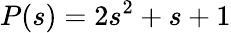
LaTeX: P(s)=2s^{2}+s+1